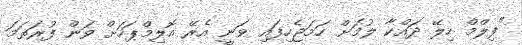
"ފިލްމް ހިލޭ ދައްކާ ލުމަށް ހަމަޖެހިފައި ވަނީ އެރޭ އޮލިމްޕަހަށް ވަން ފުރަތަމަ